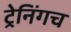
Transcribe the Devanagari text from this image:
ट्रेनिंगच